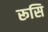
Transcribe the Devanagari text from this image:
रूसि